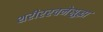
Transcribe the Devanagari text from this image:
शरीररचनेसुद्धा